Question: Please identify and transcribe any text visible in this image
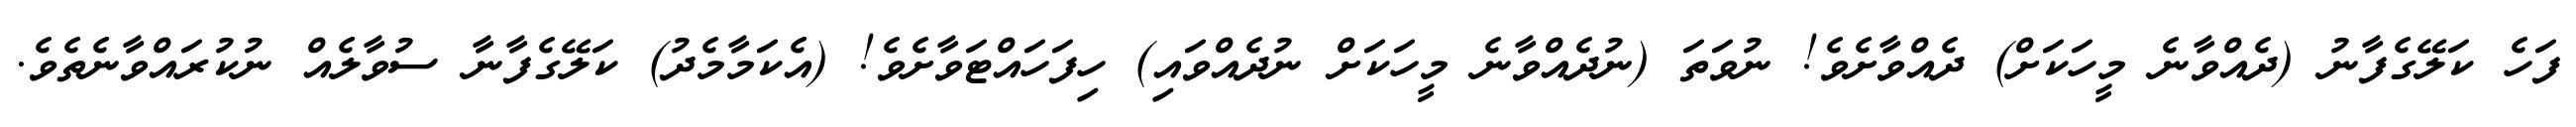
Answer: ފަހެ ކަލޭގެފާނު (ދެއްވާނެ މީހަކަށް) ދެއްވާށެވެ! ނުވަތަ (ނުދެއްވާނެ މީހަކަށް ނުދެއްވައި) ހިފަހައްޓަވާށެވެ! (އެކަމާމެދު) ކަލޭގެފާނާ ސުވާލެއް ނުކުރައްވާނެތެވެ.